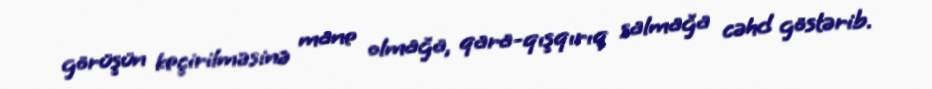
görüşün keçirilməsinə mane olmağa, qara-qışqırıq salmağa cəhd göstərib.